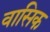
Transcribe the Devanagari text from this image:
वासिक